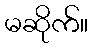
မဆိုက်။